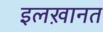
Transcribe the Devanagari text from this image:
इलख़ानत